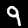
Digit: 9